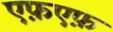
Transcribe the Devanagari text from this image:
एफ़एफ़